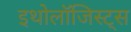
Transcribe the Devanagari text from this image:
इथोलॉजिस्ट्स